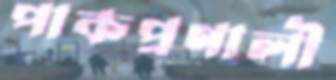
পাকপ্রণালী